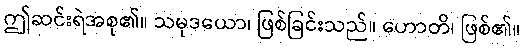
ဤဆင်းရဲအစု၏။ သမုဒယော၊ ဖြစ်ခြင်းသည်။ ဟောတိ၊ ဖြစ်၏။